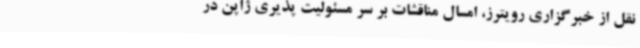
نقل از خبرگزاری رویترز، امسال مناقشات بر سر مسئولیت پذیری ژاپن در